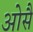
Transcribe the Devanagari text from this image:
ओसै